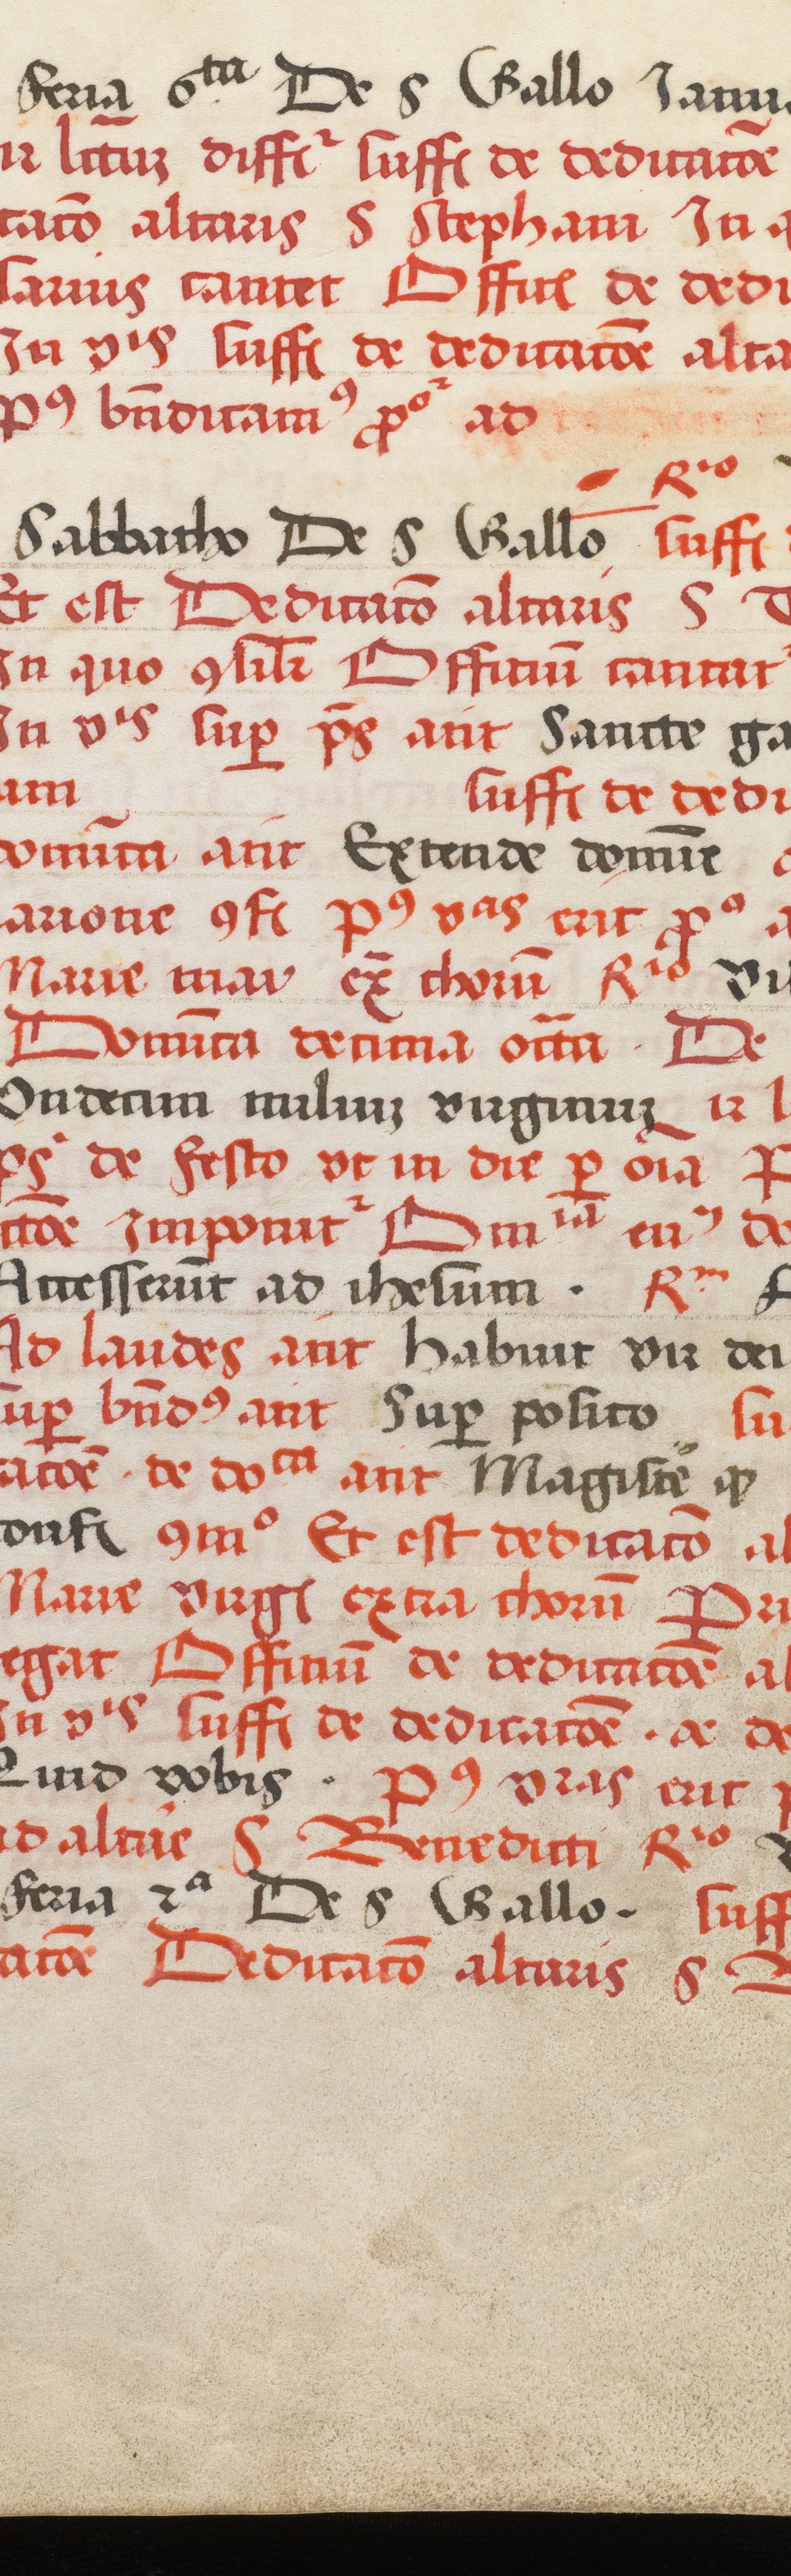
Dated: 1520–1520